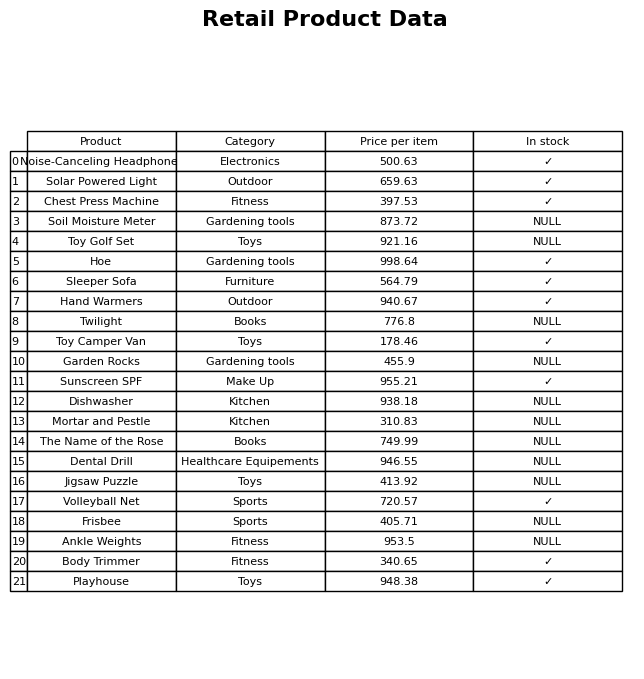
question: What is the price of the Sleeper Sofa?
answer: The price of Sleeper Sofa is 564.79.